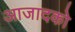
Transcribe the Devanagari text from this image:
आजादको